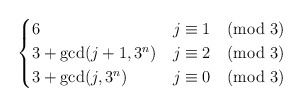
\begin{align*}\begin{cases}6 & j \equiv 1 \pmod{3} \\3 + \gcd(j + 1, 3^n) & j \equiv 2 \pmod{3} \\3 + \gcd(j, 3^n) & j \equiv 0 \pmod{3}\end{cases}\end{align*}